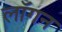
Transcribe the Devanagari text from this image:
लॉगन